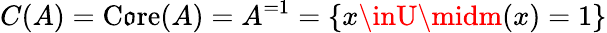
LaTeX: C(A)=\operatorname{C\mathfrak{o}r\mathrm{e}}(A)=A^{=1}=\{ x\inU\midm(x)=1\}